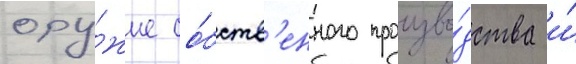
ору́жие со́бств'енного произво́дства и́